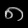
Digit: ၈